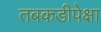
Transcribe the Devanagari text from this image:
तबकडीपेक्षा